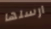
ارسلها